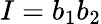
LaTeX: I=b_{1}b_{2}